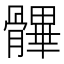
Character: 𩪖